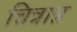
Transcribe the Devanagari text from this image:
चित्रान्न